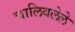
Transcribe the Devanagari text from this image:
चालिवलेले